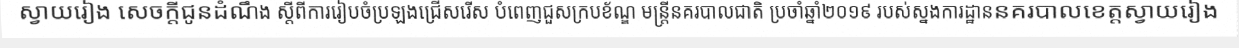
ស្វាយរៀង សេចក្តីជូនដំណឹង ស្តីពីការរៀបចំប្រឡងជ្រើសរើស បំពេញជួសក្របខ័ណ្ឌ មន្ត្រីនគរបាលជាតិ ប្រចាំឆ្នាំ២០១៩ របស់ស្នងការដ្ឋាននគរបាលខេត្តស្វាយរៀង